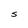
Character: S